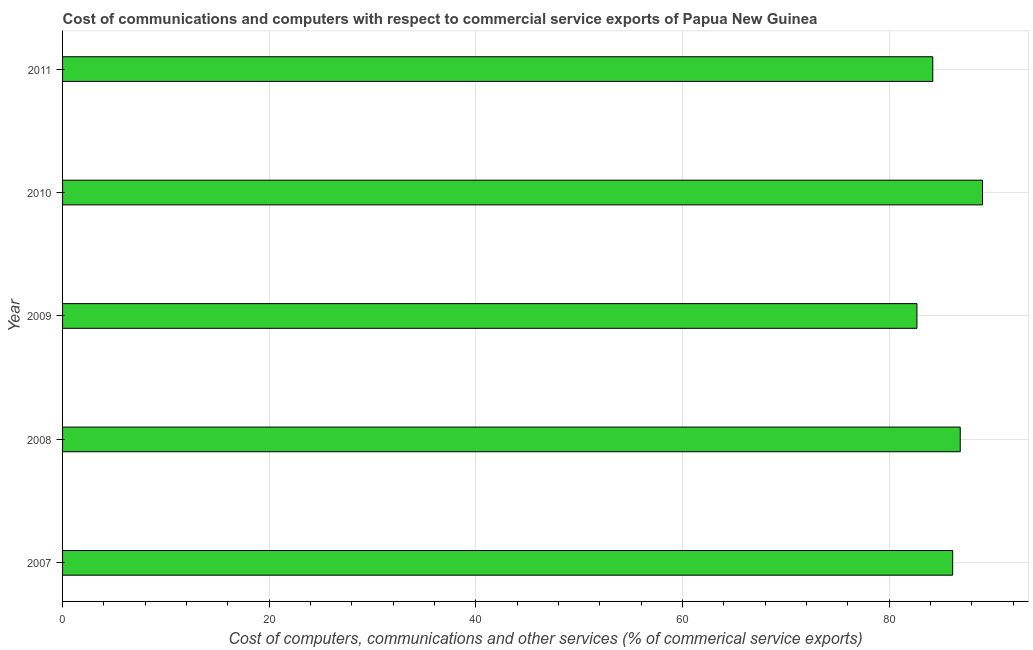
| Year | Computer |
 | --- | --- |
 | 2007 | 86.1 |
 | 2008 | 86.9 |
 | 2009 | 82.7 |
 | 2010 | 89 |
 | 2011 | 84.2 |